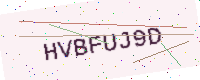
Text: HVBFUJ9D